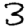
Digit: 3